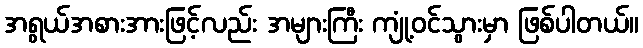
အရွယ်အစားအားဖြင့်လည်း အများကြီး ကျုံ့ဝင်သွားမှာ ဖြစ်ပါတယ်။